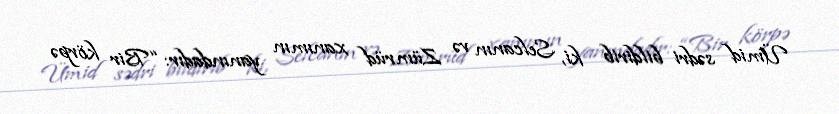
Ümid sədri bildirib ki, Selcanın və Zümrüd xanımın yanındadır: “Bir körpə